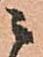
ニ